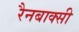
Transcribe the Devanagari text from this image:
रैनबाक्सी